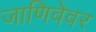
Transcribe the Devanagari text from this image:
जाणिवेवर